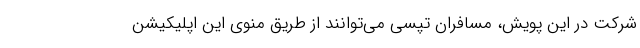
شرکت در این پویش، مسافران تپسی می‌توانند از طریق منوی این اپلیکیشن